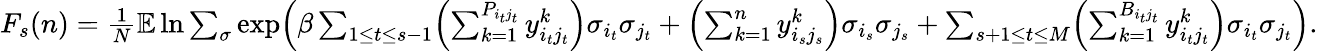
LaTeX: \begin{array}{r}{F_{s}(n)=\frac{1}{N}\mathbb E\ln\sum_{\sigma}\exp\Bigl(\beta\sum_{1\leq t\leq s-1}\Bigl(\sum_{k=1}^{P_{i_{t}j_{t}}}y_{i_{t}j_{t}}^{k}\Bigr)\sigma_{i_{t}}\sigma_{j_{t}}+\Bigl(\sum_{k=1}^{n}y_{i_{s}j_{s}}^{k}\Bigr)\sigma_{i_{s}}\sigma_{j_{s}}+\sum_{s+1\leq t\leq M}\Bigl(\sum_{k=1}^{B_{i_{t}j_{t}}}y_{i_{t}j_{t}}^{k}\Bigr)\sigma_{i_{t}}\sigma_{j_{t}}\Bigr).}\end{array}